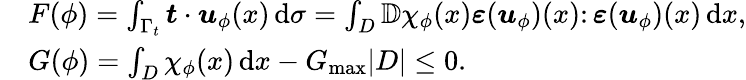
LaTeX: \begin{array}{rl}&{F(\phi)=\int_{\Gamma_{t}}\boldsymbol{t}\cdot\boldsymbol{u}_{\phi}(x)\, \mathrm{d}\sigma=\int_{D}\mathbb{D}\chi_{\phi}(x){\boldsymbol\varepsilon}({\boldsymbol u}_{\phi})(x)\colon{\boldsymbol\varepsilon}({\boldsymbol u}_{\phi})(x)\, \mathrm{d}x,}\\ &{G(\phi)=\int_{D}\chi_{\phi}(x)\, \mathrm{d}x-G_{\mathrm{max}}|D|\le 0.}\end{array}